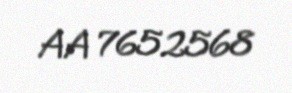
AA 7652568